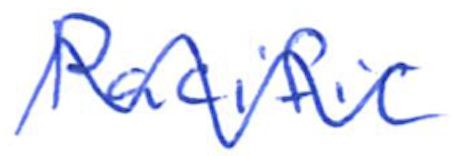
Text: Pacific
Cross-out: mix
Writing tool: ballpoint